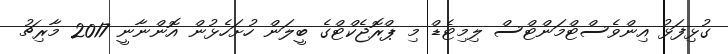
ގުޅިފަޅު އިންވެސްޓްމަންޓްސް ލިމިޓެޑް މި ޕްރޮޖެކްޓްގެ ބީލަން ހުށަހެޅުން އޮންނާނީ 2017 މާރިޗު